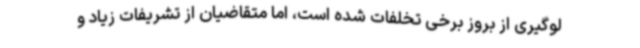
لوگیری از بروز برخی تخلفات شده است، اما متقاضیان از تشریفات زیاد و